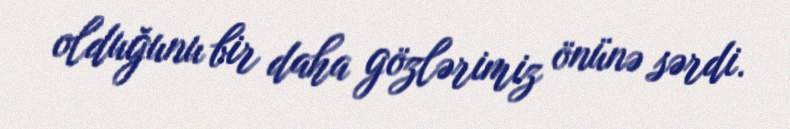
olduğunu bir daha gözlərimiz önünə sərdi.